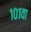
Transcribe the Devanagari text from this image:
१०१वा